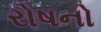
રોષનો